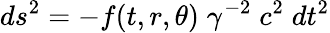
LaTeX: ds^{2}=-f(t,r,\theta)\; \gamma^{-2}\; c^{2}\; dt^{2}